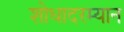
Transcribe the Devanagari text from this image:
शोधादरम्यान